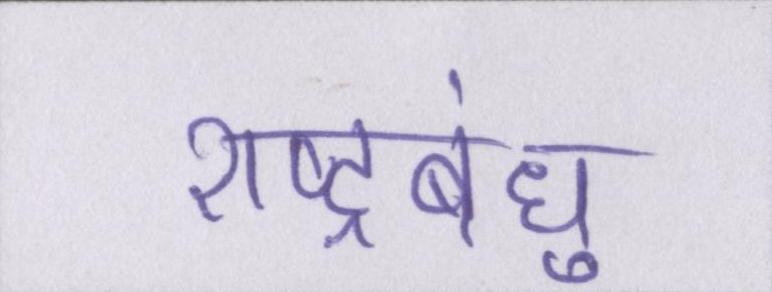
राष्ट्रबंधु